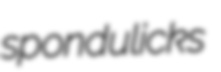
spondulicks